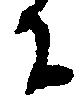
に